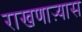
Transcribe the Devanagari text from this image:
राखणाऱ्यास